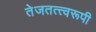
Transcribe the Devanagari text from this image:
तेजतत्त्वरूपी